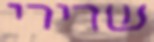
שרירי